Torma_(Votikvere)_vallavalitsus, lk 54
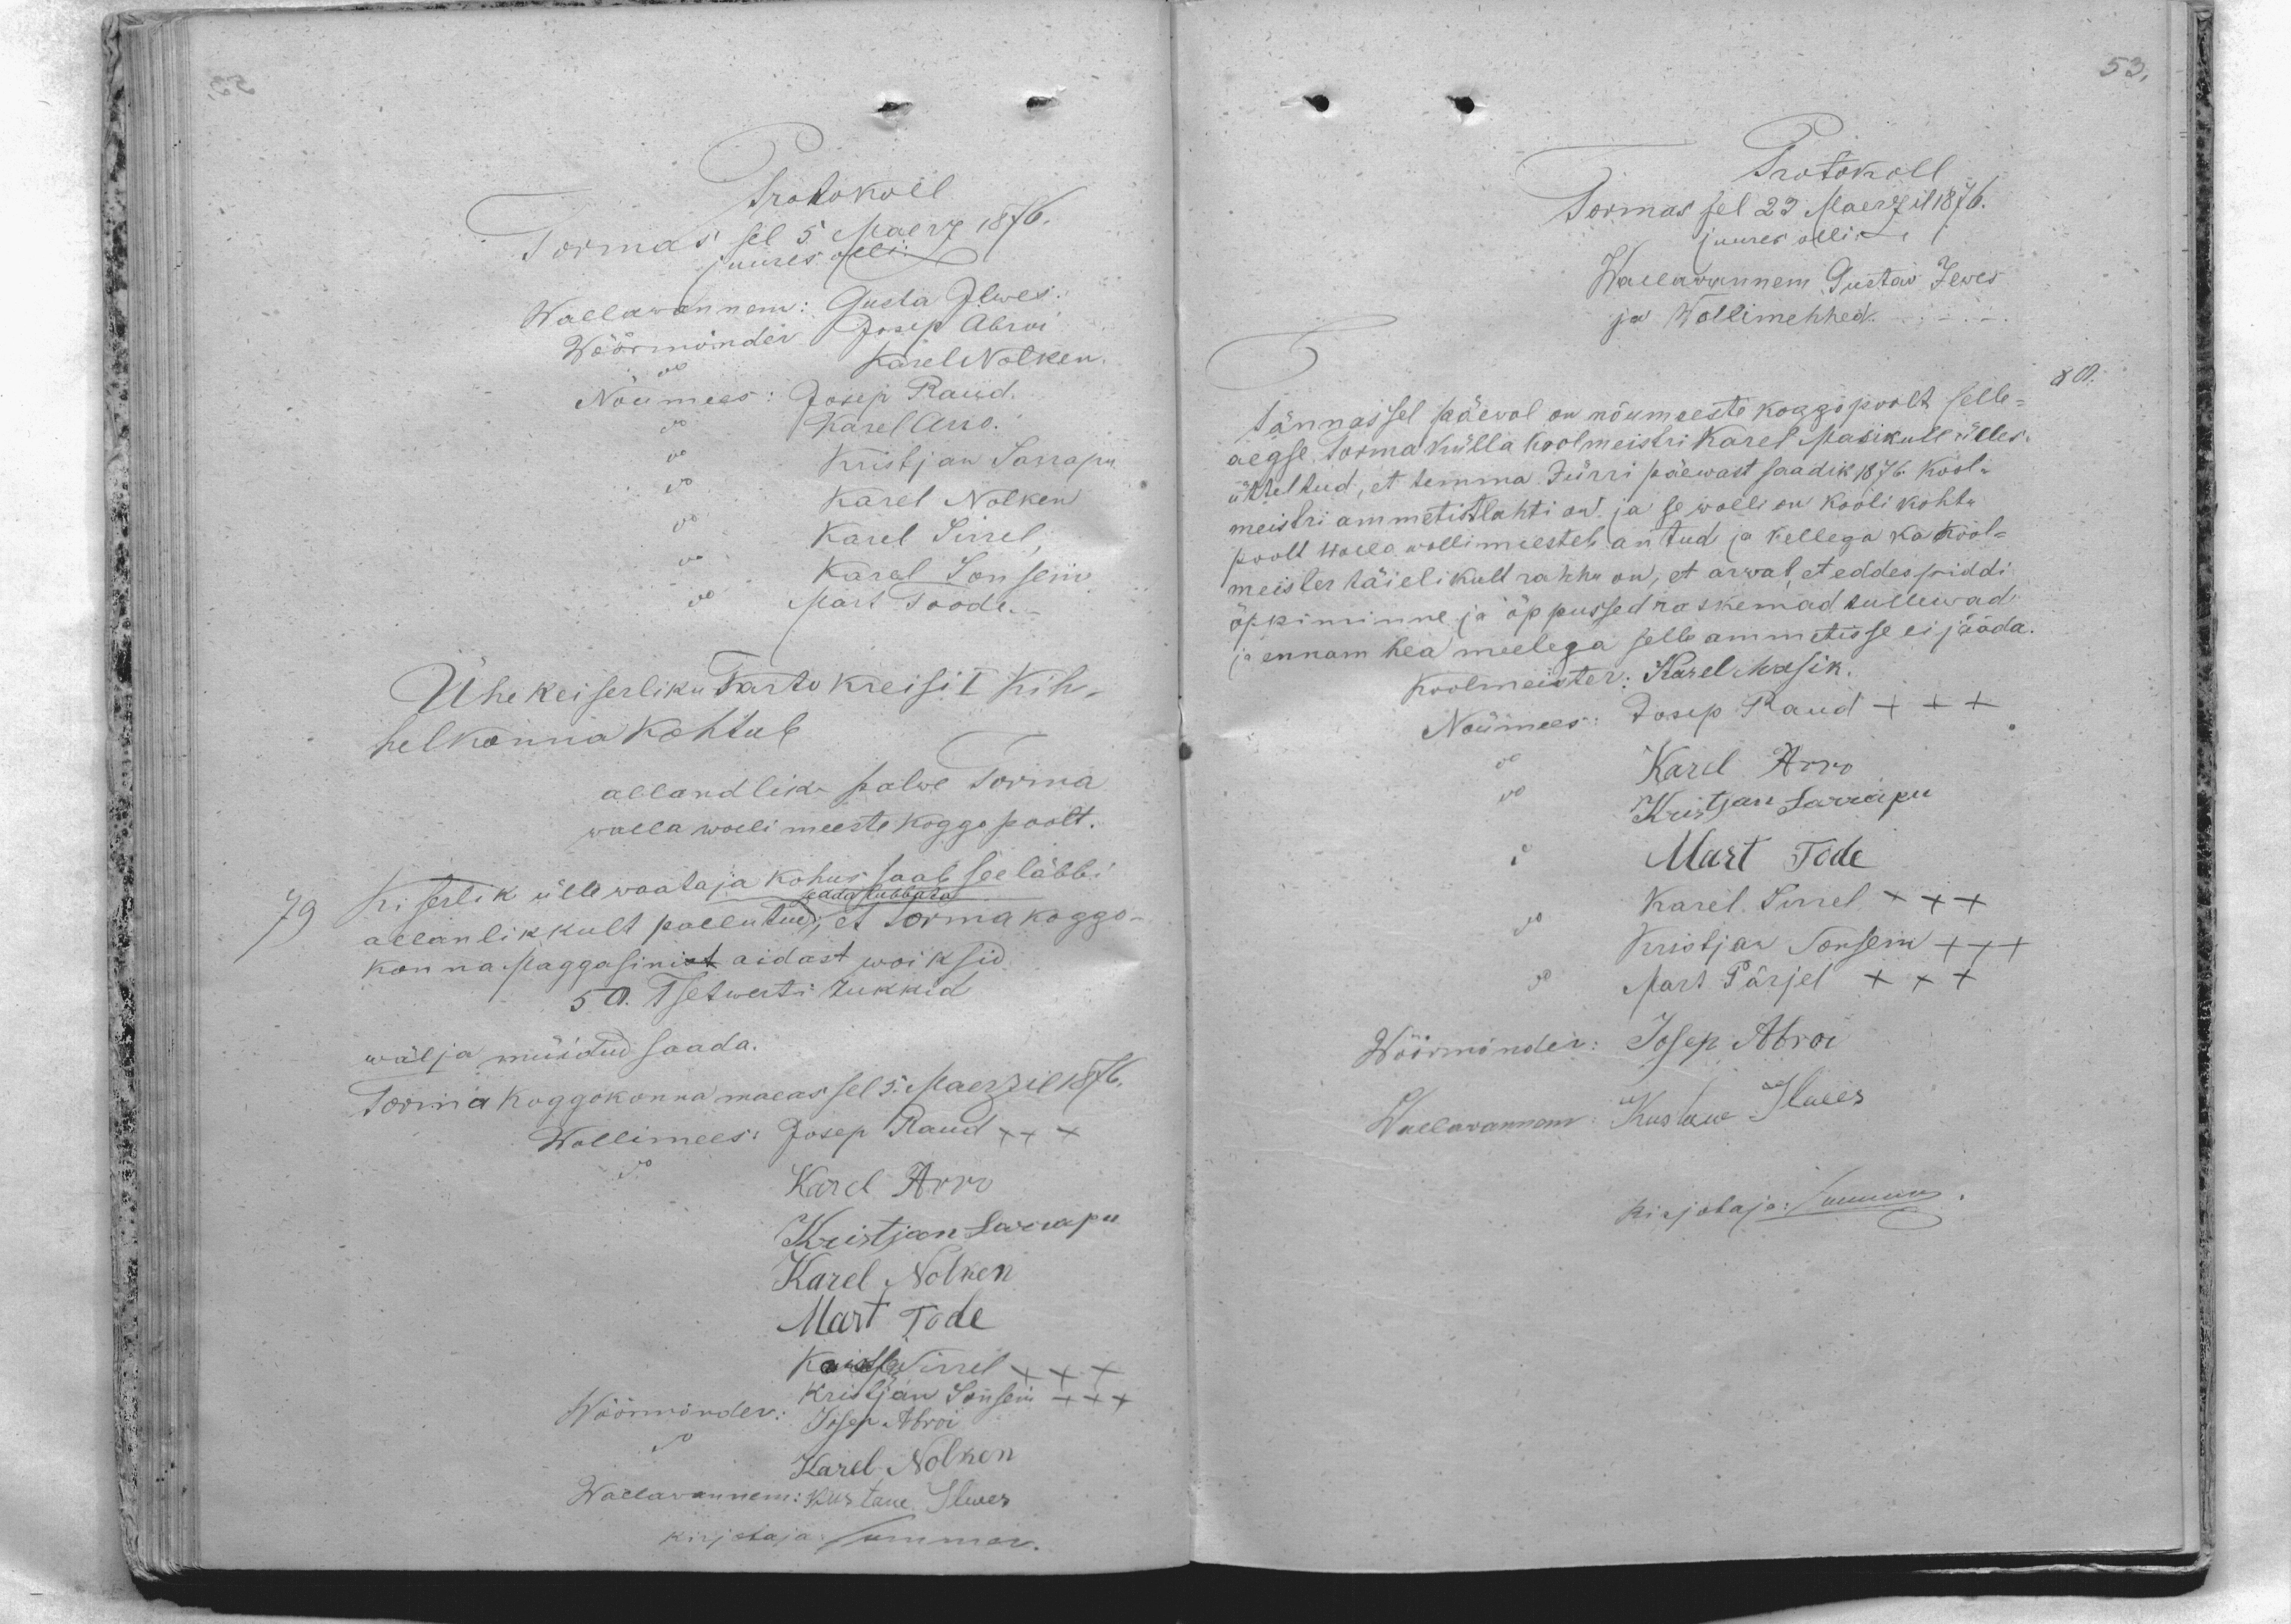
Protokoll
Tormas sel 5 Maerz 1876.
juures olli:
Wallawannem: Gusta lwes
Wöörmönder Josep Abroi
Karel Nolken
Nõumees: Josep Raud.
Karel Arro
Kristjan Sarrapu
Karel Nolken
Karel Sirrel
Karel Sonsein
Märt Toode
Ühe Keiserliku Tarto Kreisi I Kih-
helkonna kohtule
allandlikud palwe Torma
walla wolli meeste koggo poolt.
79 Keiserlik üllewaataja kohus saab see läbbi.
sedda lubbata
allanlikkult pallutud, et Torma koggo-
konna maggasinist aidast woiksid
50. Tsetwerti rukkid
wälja müüdud saada.
Torma koggokonna maeas sel 5 Maerzil 1976.
Wollimees: Josep Raud XXX
Karel Arro
Kristjan Sarrapu
Karel Nolken
Mart Tode
Karel Sirrel
Kristjan Sonsein XXX
Wöörmönder: Josep Abroi
do
Karel Nolken
Wallawannem: Kustaw Ilves
kirjataja Summer.

80

Protokoll
Tormas sel 23 Maerzil 1876.
juures olli:
Wallawannem Gustaw Ilwes
ja Wollimehhed
Tännassel päewal on nõumeeste koggo poolt selle-
aegse Torma külla koolmeistri Karel Masikule ülles
üteltud, et temma Jürri päewast saadik 1876 Kool-
meistri ammetist lahti on. ja se wolli on kooli kohtu
poolt Walla wollimeestele antud ja kellega ka kool-
meister täielikult rahhu on, et arwab, et eddespiddi
õppiminne ja õppussed raskemad tullewad
ja ennam hea meelega selle ammetisse ei jääda.
Koolmeister: Karel Masik.
Nõumees: Josep Raud XXX
Karel Arro
Kristjan Sarrapu
Mart Tode
Karel Sirrel +++
Kristjan Sonsein XXX
Mart Pärjel XXX
Wöörmönder: Josep Abroi
Wallawannem: Kustaw Ilwes
Kirjotaja: Summer